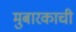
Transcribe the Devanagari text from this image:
मुबारकाची